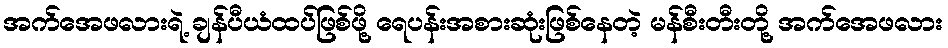
အက်အေဖလားရဲ့ ချန်ပီယံထပ်ဖြစ်ဖို့ ရေပန်းအစားဆုံးဖြစ်နေတဲ့ မန်စီးတီးတို့ အက်အေဖလား